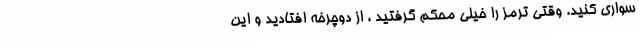
سواری کنید. وقتی ترمز را خیلی محکم گرفتید ، از دوچرخه افتادید و این